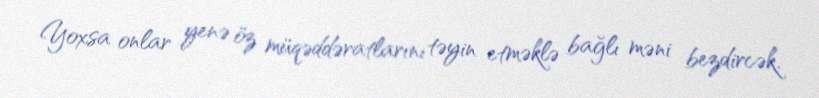
Yoxsa onlar yenə öz müqəddəratlarını təyin etməklə bağlı məni bezdircək.